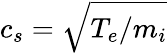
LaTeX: c_{s}=\sqrt{T_{e}/m_{i}}